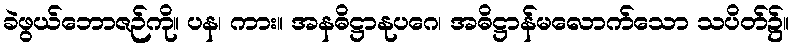
ခဲဖွယ်ဘောဇဉ်ကို။ ပန၊ ကား။ အနဓိဋ္ဌာနုပဂေ၊ အဓိဋ္ဌာန်မလောက်သော သပိတ်၌။